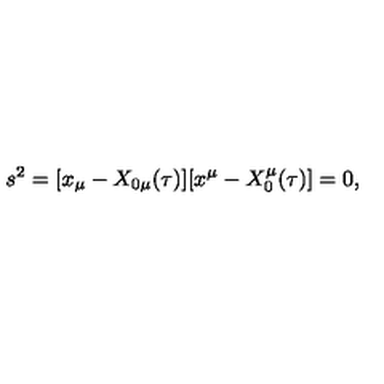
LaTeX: s ^ { 2 } = [ x _ { \mu } - X _ { 0 \mu } ( \tau ) ] [ x ^ { \mu } - X _ { 0 } ^ { \mu } ( \tau ) ] = 0 ,